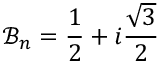
\mathcal { B } _ { n } = \frac { 1 } { 2 } + i \frac { \sqrt { 3 } } { 2 }